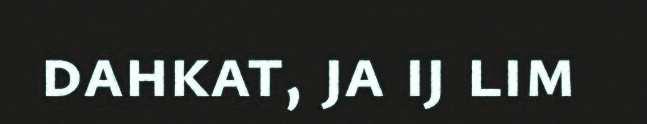
dahkat, ja ij lim